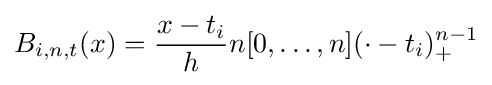
B_{i,n,t}(x)={\frac {x-t_{i}}{h}}n[0,\dots ,n](\cdot -t_{i})_{+}^{n-1}